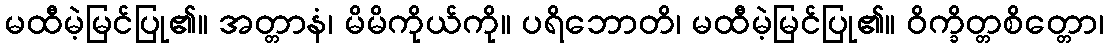
မထီမဲ့မြင်ပြု၏။ အတ္တာနံ၊ မိမိကိုယ်ကို။ ပရိဘောတိ၊ မထီမဲ့မြင်ပြု၏။ ဝိက္ခိတ္တစိတ္တော၊